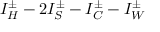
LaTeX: I _ { H } ^ { \pm } - 2 I _ { S } ^ { \pm } - I _ { C } ^ { \pm } - I _ { W } ^ { \pm }